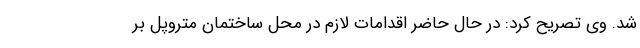
شد. وی تصریح کرد: در حال حاضر اقدامات لازم در محل ساختمان متروپل بر